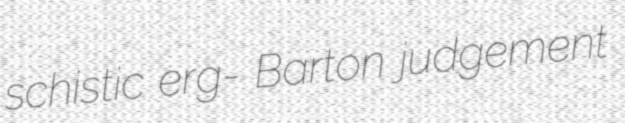
schistic erg- Barton judgement